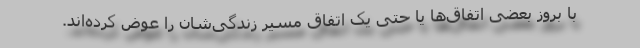
با بروز بعضی اتفاق‌ها یا حتی یک اتفاق مسیر زندگی‌شان را عوض کرده‌اند.